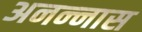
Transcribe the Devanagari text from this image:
अनन्‍नास